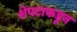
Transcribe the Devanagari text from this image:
शेपटाकडून